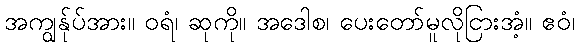
အကျွန်ုပ်အား။ ဝရံ၊ ဆုကို။ အဒေါစ၊ ပေးတော်မူလိုငြားအံ့။ ဧဝံ၊